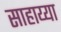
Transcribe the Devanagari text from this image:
साहाय्या